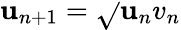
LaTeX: \mathbf{u}_{n+1}=\sqrt{}{{\mathbf{u}_{n}v_{n}}}